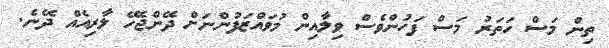
ތިން މަސް ހަތަރު މަސް ފަހުންވެސް ވިލާއިން މުވައްޒަފުންނަށް ދޭންޖެހޭ ލާރިއެއް ދޭނެ.